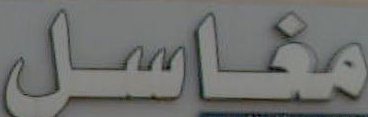
مغاسل